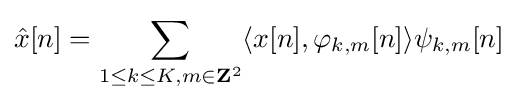
{\hat {x}}[n]=\sum _{1\leq k\leq K,m\in \mathbf {Z} ^{2}}\langle x[n],\varphi _{k,m}[n]\rangle \psi _{k,m}[n]